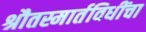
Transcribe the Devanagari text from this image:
श्रौतस्मार्तविधींचा